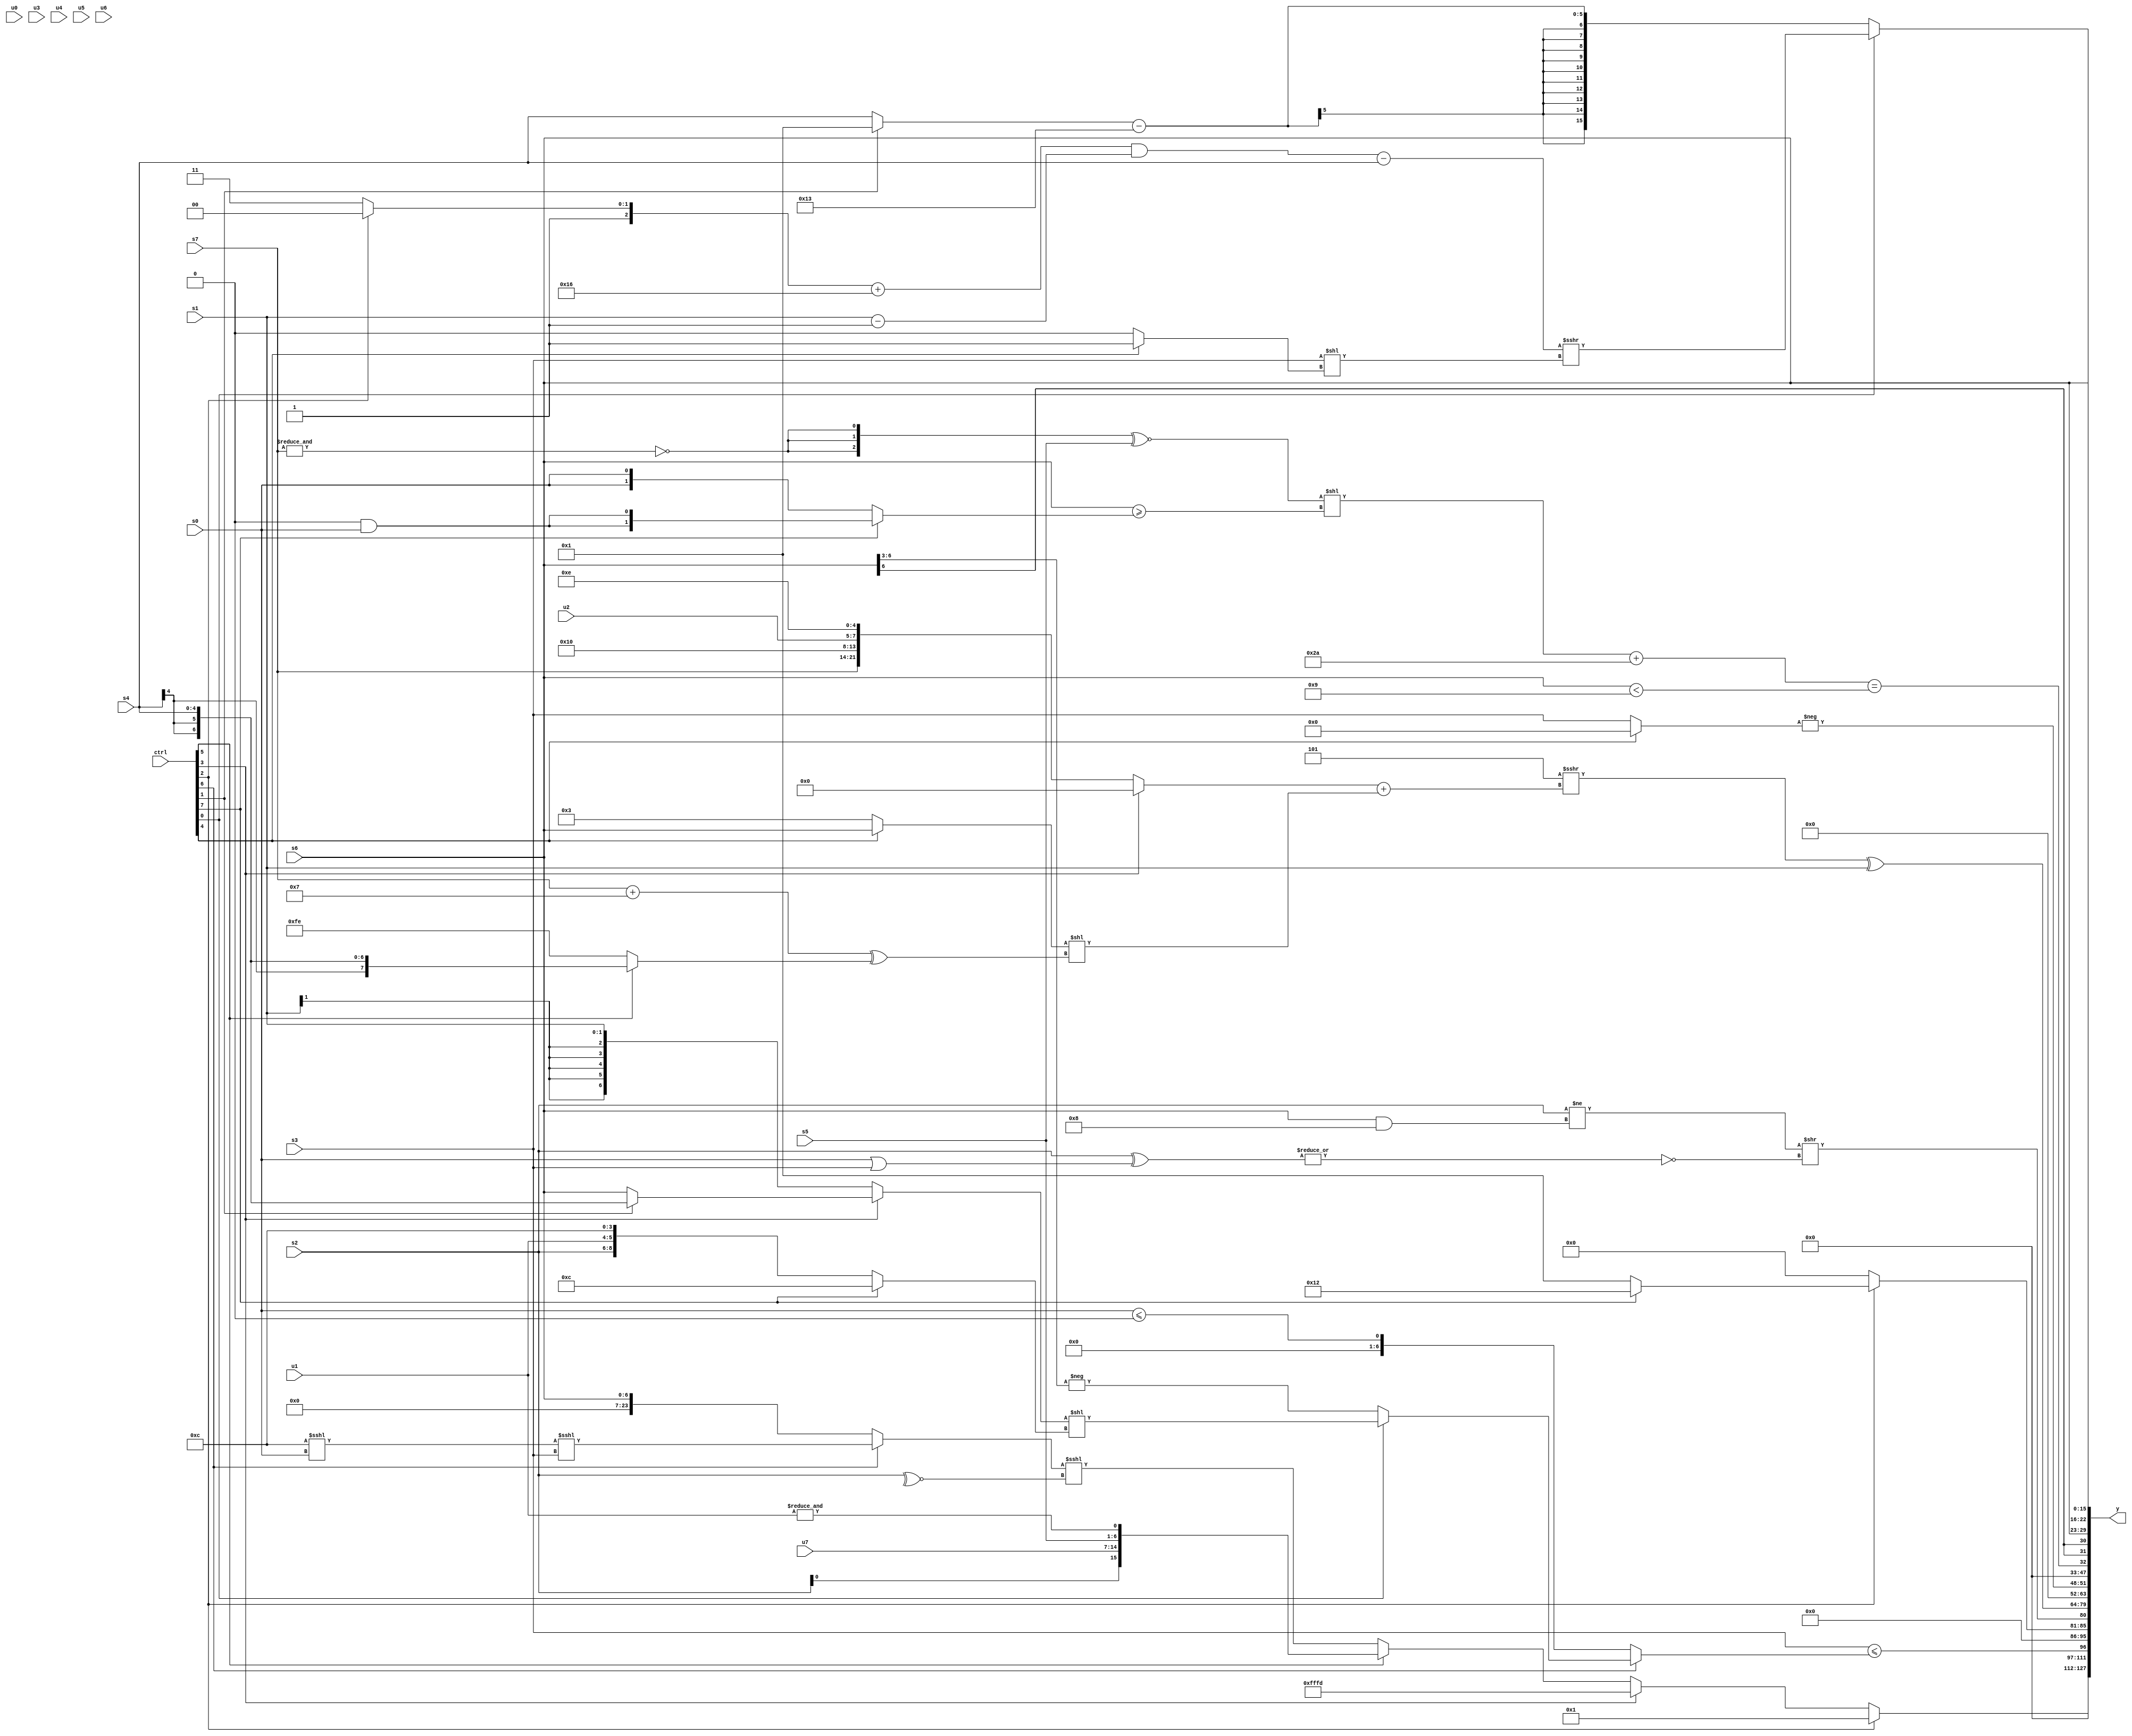
module wideexpr_00052(ctrl, u0, u1, u2, u3, u4, u5, u6, u7, s0, s1, s2, s3, s4, s5, s6, s7, y);
  input [7:0] ctrl;
  input [0:0] u0;
  input [1:0] u1;
  input [2:0] u2;
  input [3:0] u3;
  input [4:0] u4;
  input [5:0] u5;
  input [6:0] u6;
  input [7:0] u7;
  input signed [0:0] s0;
  input signed [1:0] s1;
  input signed [2:0] s2;
  input signed [3:0] s3;
  input signed [4:0] s4;
  input signed [5:0] s5;
  input signed [6:0] s6;
  input signed [7:0] s7;
  output [127:0] y;
  wire [15:0] y0;
  wire [15:0] y1;
  wire [15:0] y2;
  wire [15:0] y3;
  wire [15:0] y4;
  wire [15:0] y5;
  wire [15:0] y6;
  wire [15:0] y7;
  assign y = {y0,y1,y2,y3,y4,y5,y6,y7};
  assign y0 = (ctrl[2]?1'sb1:(ctrl[3]?-({2'sb11}):(ctrl[5]?($signed({$signed((ctrl[2]?5'sb01001:6'sb010001)),{s2,{1{u7}},s5,&(u1)}}))>>>($unsigned($unsigned($signed((2'sb10)<<<(6'b101101))))):((ctrl[6]?(((6'sb001100)<<<(s0))<<<(s3))>>((-(5'sb10110))&(1'sb0)):s6))<<<($signed(~^(s2))))));
  assign y1 = (s3)<=((ctrl[6]?$signed((ctrl[0]?((ctrl[3]?(ctrl[1]?s4:s6):+(s1)))<<((ctrl[7]?4'b1100:{4'sb0000,s2,u1,4'b1100})):$signed(-((s6)>>(2'sb11))))):(+(+(s0)))<=(-(2'sb00))));
  assign y2 = {$unsigned((ctrl[2]?(ctrl[7]?(4'sb1001)<<<(2'sb01):5'sb00001):((4'sb0001)<<(5'sb11110))>>>((4'sb0101)-(1'sb1)))),(-(($signed(s2))!=((s6)&(6'sb111000))))>>(~|(($unsigned(s2))^((s0)|(s3))))};
  assign y3 = ((5'sb11101)>>>(((ctrl[3]?&($signed({1{2'sb10}})):((ctrl[3]?-(s5):{s7,6'sb010000,u2,5'sb01110}))<<($signed(3'b000))))+(((ctrl[4]?+((ctrl[4]?s6:s4)):{2{(2'sb01)==(2'sb01)}}))<<(((s7)+((1'sb1)&(6'sb000111)))^((ctrl[5]?$signed(s4):2'sb10))))))^(s1);
  assign y4 = $unsigned(-($unsigned($signed((ctrl[4]?3'sb000:s3)))));
  assign y5 = (((({3{~&($signed(s7))}})^~(s5))<<((s6)>=({1{(ctrl[7]?(2'sb00)&(s0):s0)}})))+({3{2'b10}}))==((s6)<(+(6'sb111001)));
  assign y6 = $signed({2{s6}});
  assign y7 = (ctrl[0]?({1{((((ctrl[2]?5'sb11100:1'sb1))+(-(6'sb101010)))&(((ctrl[7]?s1:s1))-($signed(1'sb1))))-(s4)}})>>>((s3)<<((ctrl[4]?2'b01:{3'sb000}))):((ctrl[1]?~&(4'sb0111):s4))-($unsigned(5'sb10011)));
endmodule